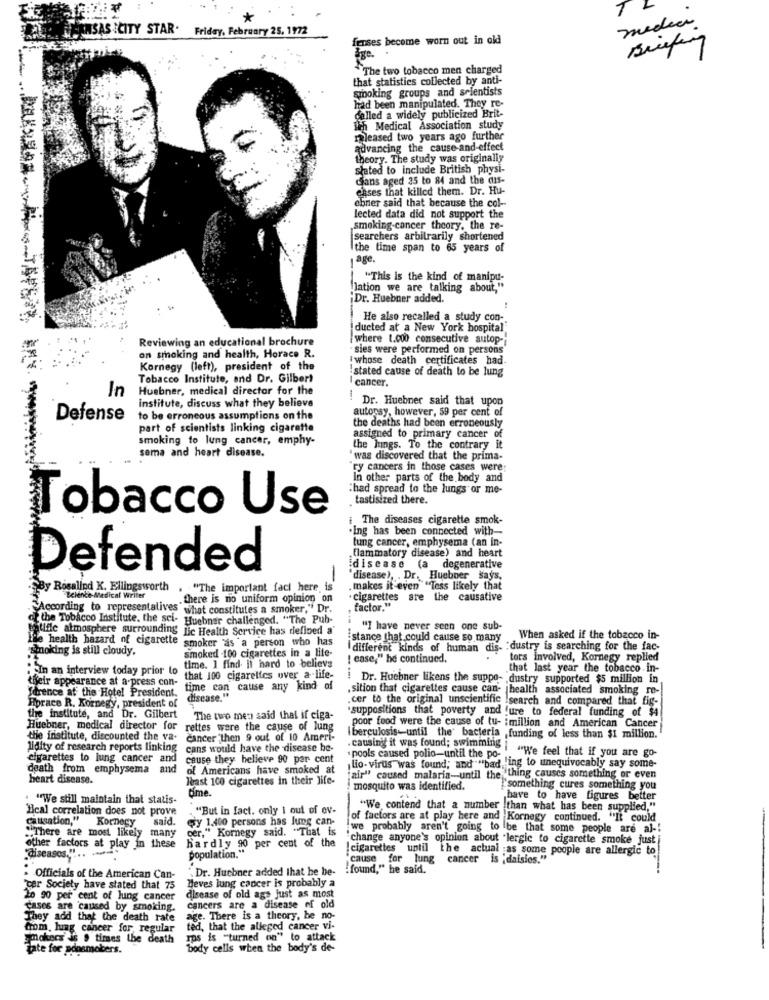
*
media
CAUSAS ICITY STAR.
Friday, February 25, 1972
fenses become worn out in old
Briefy
The two tobacco men charged
that statistics collected by anti-
smoking groups and scientists
had been manipulated. They re-
called a widely publicized Brit-
ich Medical Association study
mleased two years ago further
advancing the cause-and-effect
theory. The study was originally
stated to include British physi-
Cans aged 35 to 84 and the cus-
cases that killed them. Dr. Hu-
ebner said that because the col-
lected data did not support the
smoking-cancer theory, the re-
searchers arbitrarily shortened
the time span to 65 years of
age.
"This is the kind of manipu-
"lation we are talking about,"
¡Dr. Huebner added.
He also recalled a study con-
ducted at a New York hospital
Reviewing an educational brochure
where 1.000 consecutive autop-
sies were performed on persons
on smoking and health, Horace R.
'whose death certificates had.
Kornegy (left), president of the
stated cause of death to be lung
Tobacco Institute, and Dr. Gilbert
cancer.
In
Huebner, medical director for the
institute, discuss what they believe
-
Dr. Huebner said that upon
autorsy, however, 59 per cent of
Defense
to be erroneous assumptions on the
part of scientists linking cigarette
the deaths had been erroneously
smoking to lung cancer, emphy-
assigned to primary cancer of
sema and heart disease.
the Jungs. To the contrary it
was discovered that the prima-
ry cancers in those cases were:
In other parts of the body and
:had spread to the lungs or me-
tastisized there.
obacco Use
i The diseases cigarette smok-
Ing has been connected with-
lung cancer, emphysema (an in-
flammatory disease) and heart
Defended
disease (a degenerative
disease), . Dr. Huebner says,
By Rosalind K. Ellingsworth
"The important faci here is
makes it even "Tess likely that
Science-Medical Writer
there is no uniform opinion on
.cigarettes are the causative
According to representalives"
what constitutes a smoker," Dr.
factor."
of the Tobacco Institute. the sci-
Huebner challenged. "The Pub-
patife atmosphere surrounding lic Health Service has diefloed a'
"I have never seen one sub-
Ine health hazard of cigarette
smoker "as a person who has
:stance that could cause so many
When asked if the tobacco in-
smoking is still cloudy.
smoked -100 cigarettes in a life-
different kinds of human dis-
. : dustry is searching for the fac-
[ case," he continued.
tors involved, Kornegy replied
In an interview today prior to
time. 1 find il hard to believe
that last year the tobacco in-
their appearance at a press con-
that 100 cigarettes over a life-
! Dr. Huebner likens the suppo- dustry supported $5 million in
Idrence at the Hotel President.
time can cause any kind of
sition that cigarettes cause can-
health associated smoking re-
Hprace R. Kornegy, president of
disease."
cer to the original unscientific !search and compared that fig-
'suppositions that poverty and !ure to federal funding_of $4
the institute, and Dr. Gilbert
The two men said that if ciga-
Huebner, medical director for rettes ware
rettes were the cause of lung
poor food were the cause of tu- imillion and American Cancer
the institute, discounted the va- cancer then 9 out of 10 Ameri-
I berculosis-until the' bacteria ,funding of less than $1 million.
lidity of research reports linking cans would have the disease be-
causing it was found; swimming
cigarettes to lung cancer and
cause they believe 90 per cent
lio- virus was found; and""bad ing to unequivocably say some-
pools caused polio-until the po-
i "We feel that if you are go-
death from emphysema and
of Americans have smoked at
heart disease.
last 100 cigarettes in their life-
air" caused malaria-until the thing causes something or even
dime.
mosquito was identified.
`something cures something you
"We still maintain that statis-
have to have figures better
"cal correlation does not prove
"But in fact. only 1 out of ov-
"We contend that a number than what has been supplied,"
Calisation,"
Kornegy
said.
ery 1,400 persons has lung can-
of factors are at play here and Kornegy continued. "It could
"There are most likely many
cer," Kornegy said. "That is
we probably aren't going to be that some people are al -!
hardly 90 per cent of the
change anyone's opinion about "lergic to cigarette smoke just
other factors at play in these
"diseases." ..
cigarettes until the actual as some people are allergic to
population."
'cause for lung cancer is ;daisies.""
.Dr. Huebner added that he be-
:found," he said.
. Officials of the American Can-
Heves lung cancer is probably a
'Ter Society have stated that 75
20 90 per cent of lung cancer
disease of old age just as most
cases are caused by smoking.
cancers are a disease of old
They add that the death rate
age. There is a theory, be no-
from, hing cancer for, regular
ted, that the alleged cancer vi-
smokers is , times the death
Ips is "turned on" to attack
tate for soosmokers.
body cells when the body's de-